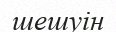
шешуін